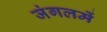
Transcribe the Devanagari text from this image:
जंगलमें